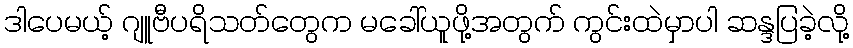
ဒါပေမယ့် ဂျူဗီပရိသတ်တွေက မခေါ်ယူဖို့အတွက် ကွင်းထဲမှာပါ ဆန္ဒပြခဲ့လို့